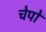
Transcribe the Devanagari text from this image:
चेपों